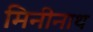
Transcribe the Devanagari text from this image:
मिनीनाथ